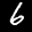
Label: 6